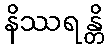
နိဿရန္တိ